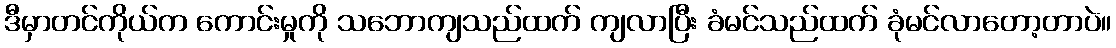
ဒီမှာတင်ကိုယ်က ကောင်းမှုကို သဘောကျသည်ထက် ကျလာပြီး ခံမင်သည်ထက် ခုံမင်လာတော့တာပဲ။